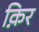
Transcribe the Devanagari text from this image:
क़िर